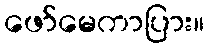
ဖော်မေကာပြား။